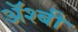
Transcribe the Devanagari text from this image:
ॲश्बी